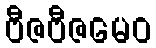
ဗီဇဗီဇမေဝ